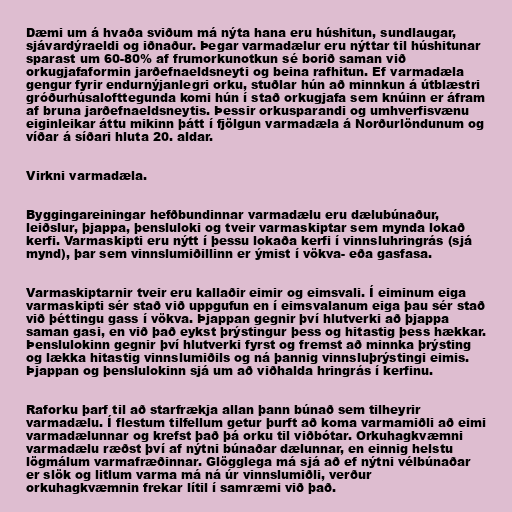
Dæmi um á hvaða sviðum má nýta hana eru húshitun, sundlaugar,
sjávardýraeldi og iðnaður. Þegar varmadælur eru nýttar til húshitunar
sparast um 60-80% af frumorkunotkun sé borið saman við
orkugjafaformin jarðefnaeldsneyti og beina rafhitun. Ef varmadæla
gengur fyrir endurnýjanlegri orku, stuðlar hún að minnkun á útblæstri
gróðurhúsalofttegunda komi hún í stað orkugjafa sem knúinn er áfram
af bruna jarðefnaeldsneytis. Þessir orkusparandi og umhverfisvænu
eiginleikar áttu mikinn þátt í fjölgun varmadæla á Norðurlöndunum og
víðar á síðari hluta 20. aldar.

Virkni varmadæla.

Byggingareiningar hefðbundinnar varmadælu eru dælubúnaður,
leiðslur, þjappa, þensluloki og tveir varmaskiptar sem mynda lokað
kerfi. Varmaskipti eru nýtt í þessu lokaða kerfi í vinnsluhringrás (sjá
mynd), þar sem vinnslumiðillinn er ýmist í vökva- eða gasfasa.

Varmaskiptarnir tveir eru kallaðir eimir og eimsvali. Í eiminum eiga
varmaskipti sér stað við uppgufun en í eimsvalanum eiga þau sér stað
við þéttingu gass í vökva. Þjappan gegnir því hlutverki að þjappa
saman gasi, en við það eykst þrýstingur þess og hitastig þess hækkar.
Þenslulokinn gegnir því hlutverki fyrst og fremst að minnka þrýsting
og lækka hitastig vinnslumiðils og ná þannig vinnsluþrýstingi eimis.
Þjappan og þenslulokinn sjá um að viðhalda hringrás í kerfinu.

Raforku þarf til að starfrækja allan þann búnað sem tilheyrir
varmadælu. Í flestum tilfellum getur þurft að koma varmamiðli að eimi
varmadælunnar og krefst það þá orku til viðbótar. Orkuhagkvæmni
varmadælu ræðst því af nýtni búnaðar dælunnar, en einnig helstu
lögmálum varmafræðinnar. Glögglega má sjá að ef nýtni vélbúnaðar
er slök og litlum varma má ná úr vinnslumiðli, verður
orkuhagkvæmnin frekar lítil í samræmi við það.